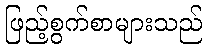
ဖြည့်စွက်စာများသည်